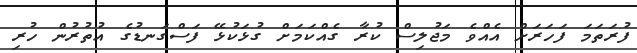
ފުރަތަމަ ފަހަރަށް އެއްވެ މަޖުލިސް ކުރާ ގެއްކަމަށް ގުޅަކުޅޭ ފަސްގަނޑުގެ އުތުރުން ހުރި